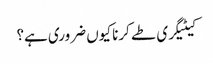
کیٹیگری طے کرنا کیوں ضروری ہے؟